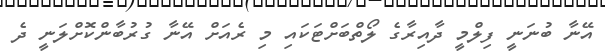
އޭނާ ބުނަނީ ފިލްމީ ދާއިރާގެ ލޯތްބަށްޓަކައި މި ރެއަށް އޭނާ ގުރުބާންކޮށްލަނީ ދެ